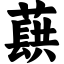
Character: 蕻